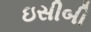
ઇસીબી